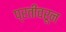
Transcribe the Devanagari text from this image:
प्रतीवरून